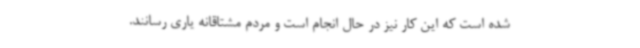
شده است که این کار نیز در حال انجام است و مردم مشتاقانه یاری رسانند.